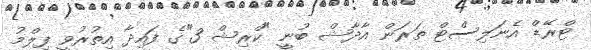
ޓްރޭޑް އެނަލިސްޓް ތަރަން އާދާޝް ބުނީ "ކްރިޝް 3"ގެ ފައިދާ އިތުރުވީ ފިލްމު